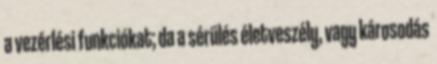
a vezérlési funkciókat; da a sérülés életveszély, vagy károsodás